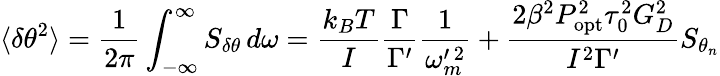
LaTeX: \langle\delta\theta^{2}\rangle=\frac{1}{2\pi}\int_{-\infty}^{\infty}S_{\delta\theta}\, d\omega=\frac{k_{B}T}{I}\frac{\Gamma}{\Gamma^{\prime}}\frac{1}{\omega_{m}^{\prime\, 2}}+\frac{2\beta^{2}P_{\mathrm{opt}}^{2}\tau_{0}^{2}G_{D}^{2}}{I^{2}\Gamma^{\prime}}S_{\theta_{n}}